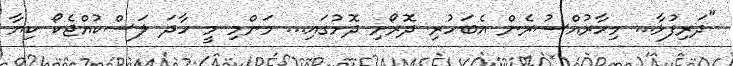
"ދަރިފުޅާ... މިހާރުއްސުރެން އެބަހުރި ދޮރޯށި ދޮށުގައި... މަންމި މީ ހާދަ ލަސްކުއްޖެކޯ ކިޔާ